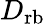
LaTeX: D_{\mathrm{rb}}